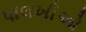
પાલખીઓ